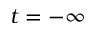
t = - \infty